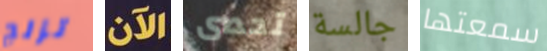
تزلج الآن تحصى جالسة سمعتها